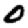
Digit: 0